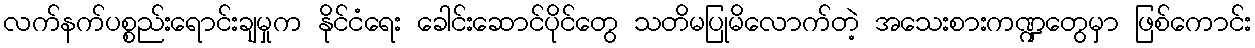
လက်နက်ပစ္စည်းရောင်းချမှုက နိုင်ငံရေး ခေါင်းဆောင်ပိုင်တွေ သတိမပြုမိလောက်တဲ့ အသေးစားကဏ္ဍတွေမှာ ဖြစ်ကောင်း